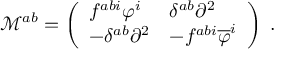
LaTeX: \mathcal { M } ^ { a b } = \left( \begin{array} { l l } { { f ^ { a b i } \varphi ^ { i } } } & { { \delta ^ { a b } \partial ^ { 2 } } } \\ { { - \delta ^ { a b } \partial ^ { 2 } } } & { { - f ^ { a b i } \overline { { { \varphi } } } ^ { i } } } \end{array} \right) \; .